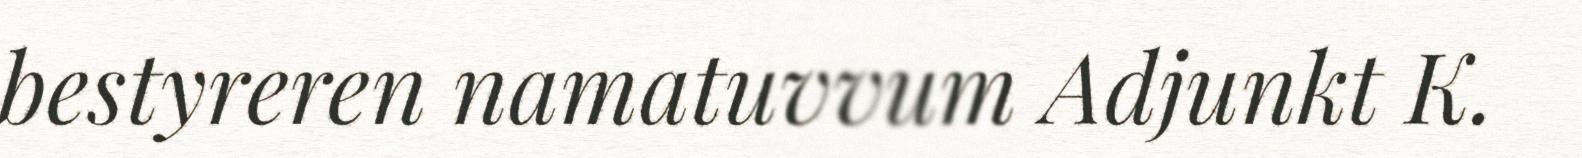
bestyreren namatuvvum Adjunkt K.